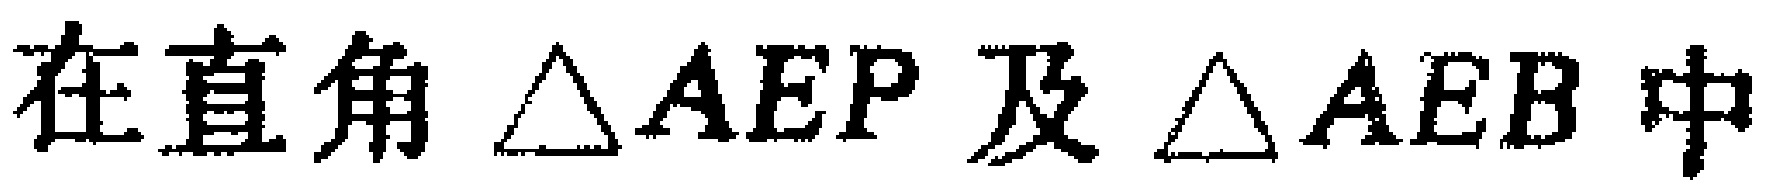
在直角$\triangle AEP$及$\triangle AEB$中